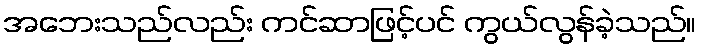
အဘေးသည်လည်း ကင်ဆာဖြင့်ပင် ကွယ်လွန်ခဲ့သည်။